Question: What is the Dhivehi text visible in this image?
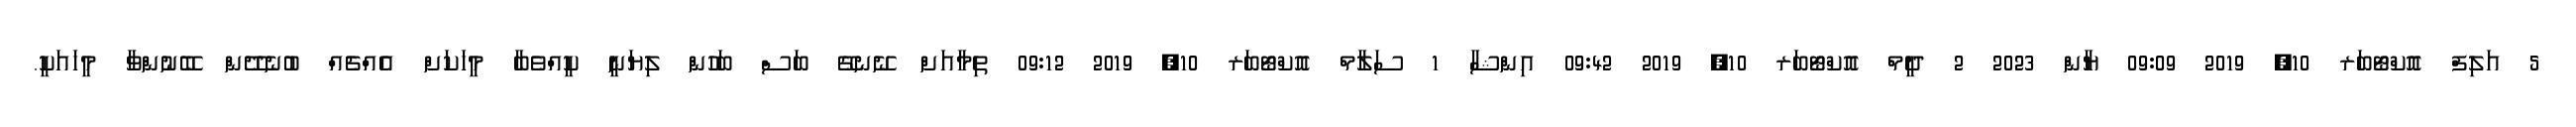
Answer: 5 އަލިފް އޮކްޓޯބަރ 10, 2019 09:09 ޔާން 2023 2 ދީމް އޮކްޓޯބަރ 10, 2019 09:42 އިންޝާ 1 ސަލާމް އޮކްޓޯބަރ 10, 2019 09:12 ތިމާއަށް ނޭނގޭ ބަސް ބަހުން ލިޔަނީ ކީއްވެބާ މީހަކަށް އެއްޗެއް ބުނެދޭން ބޭނުންވާ މީހައަކީ.